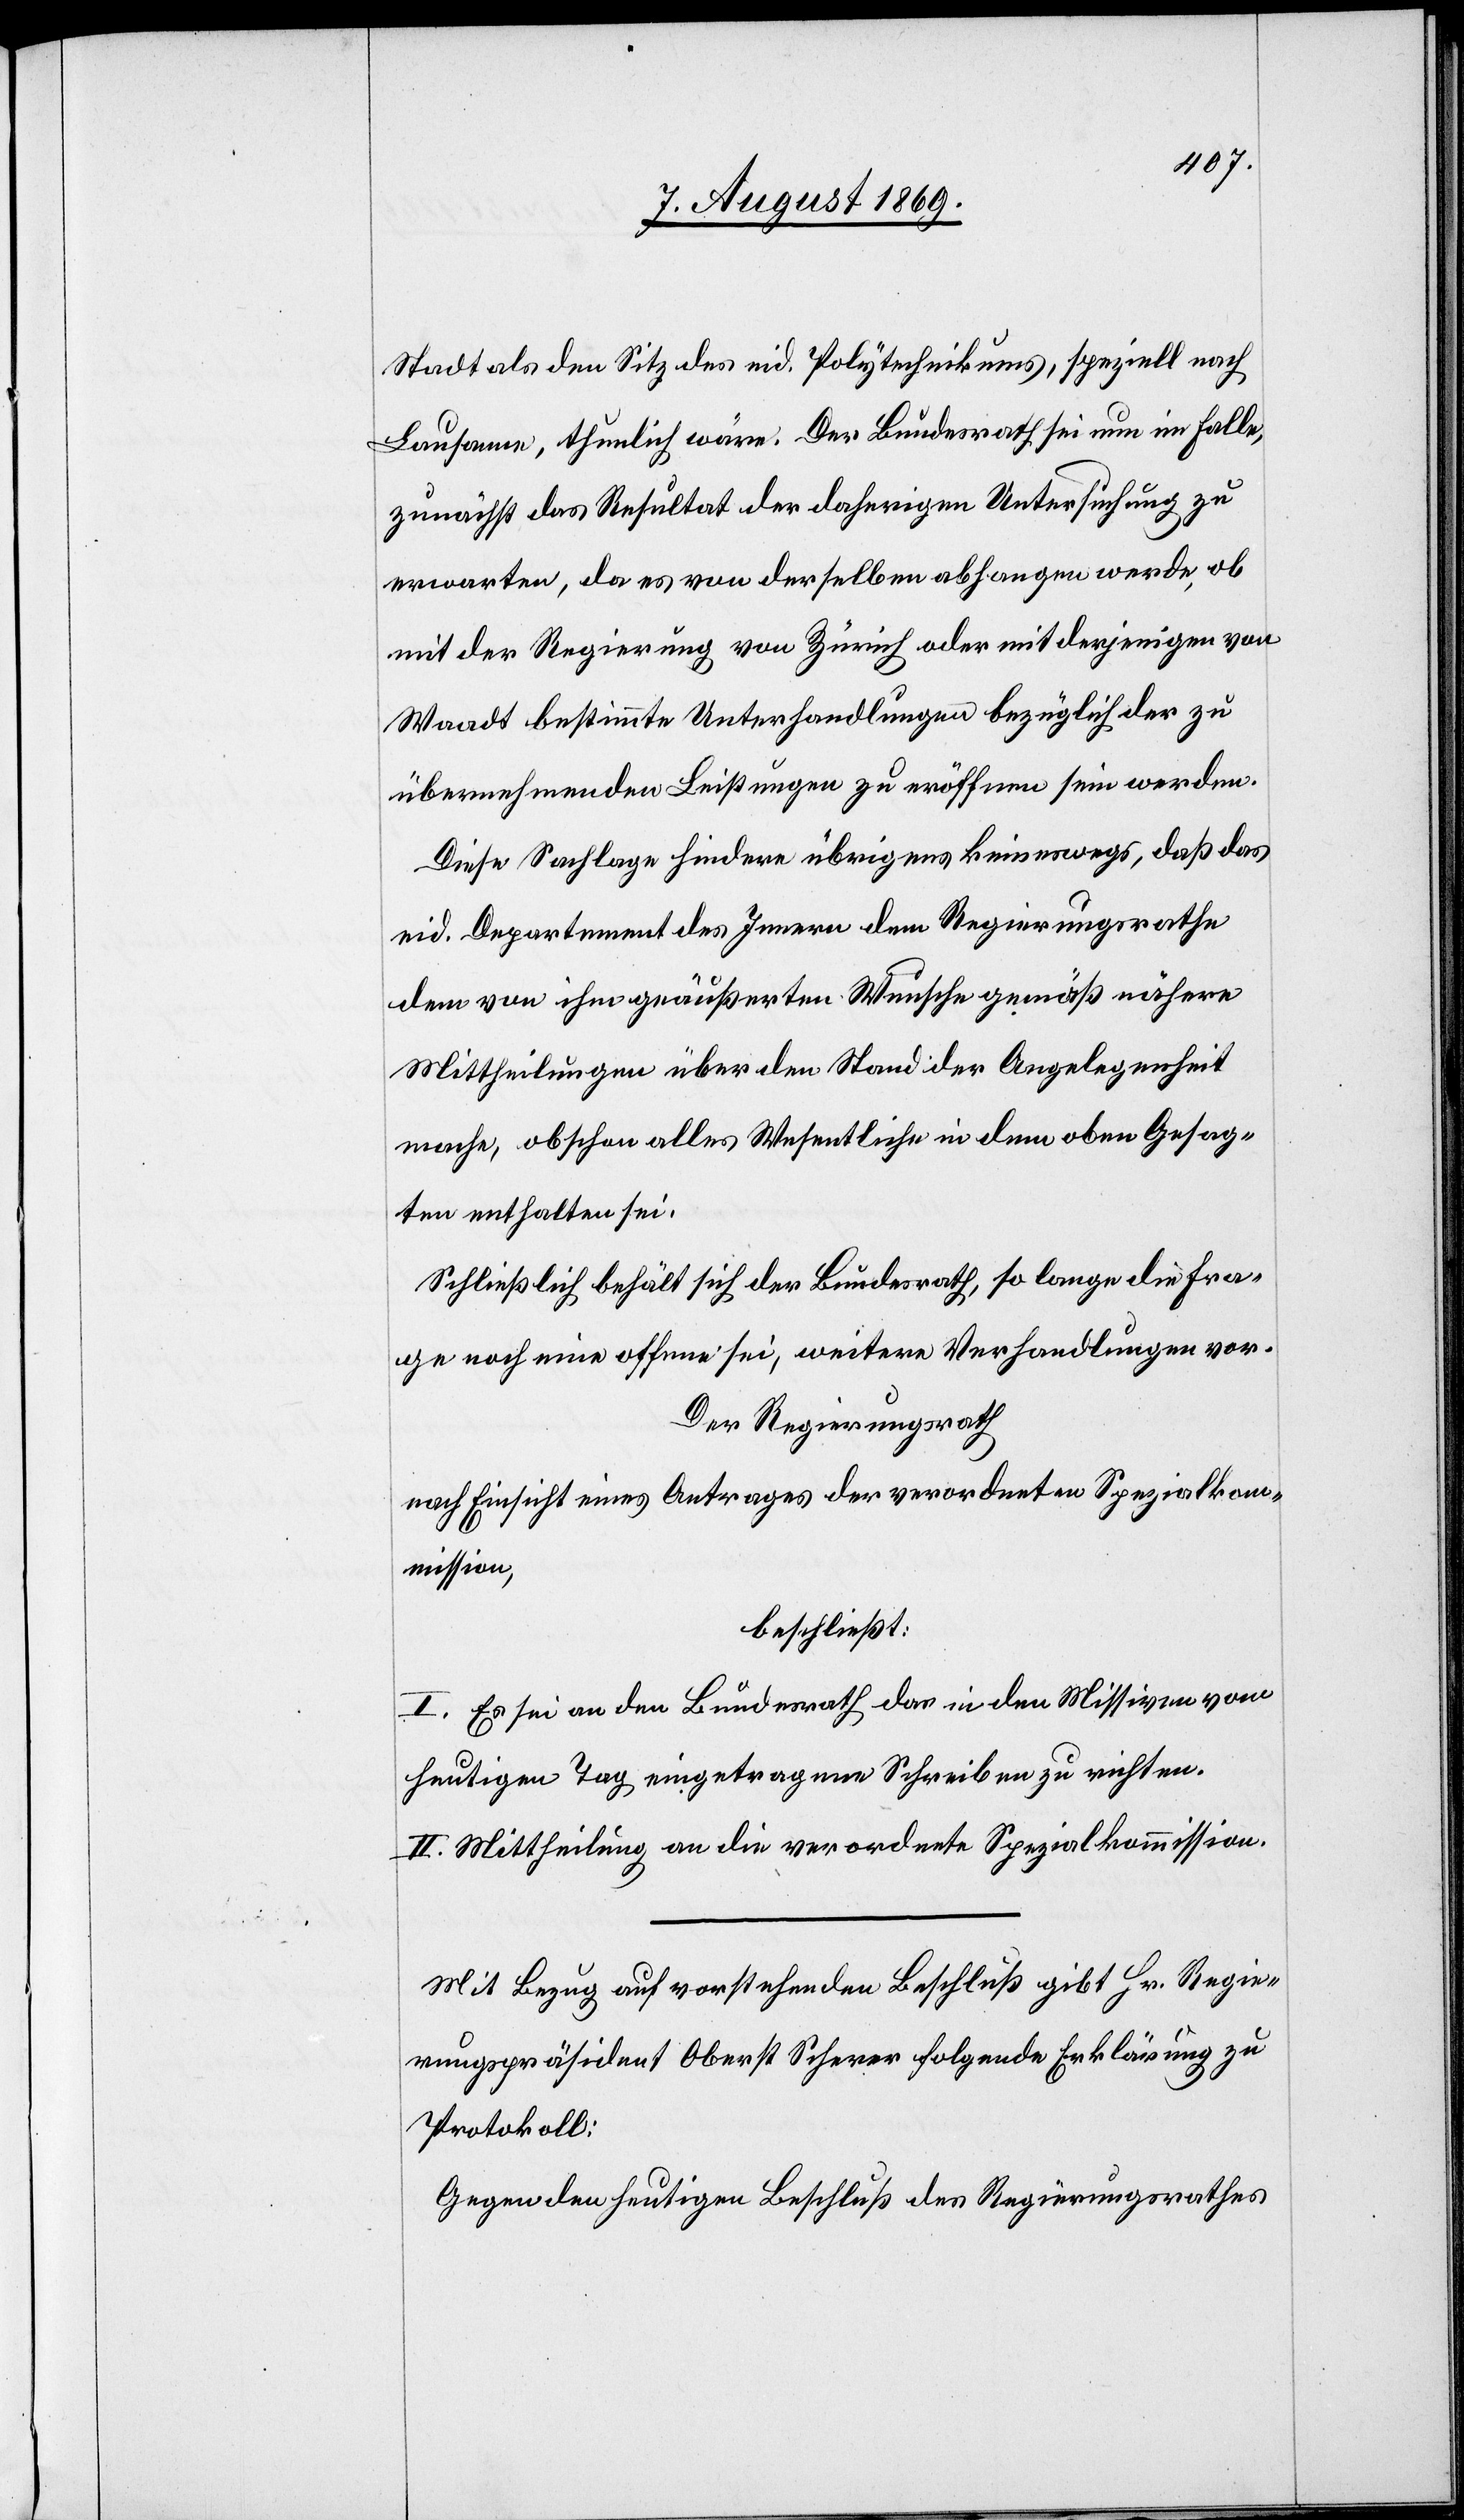
Stadt als dem Sitz des eid. Polytechnikums, speziell nach
Lausanne, thunlich wäre. Der Bundesrath sei nun im Falle,
zunächst das Resultat der daherigen Untersuchung zu
erwarten, da es von derselben abhangen werde, ob
mit der Regierung von Zürich oder mit derjenigen von
Waadt bestimmte Unterhandlungen bezüglich der zu
übernehmenden Leistungen zu eröffnen sein werden.
Diese Sachlage hindere übrigens keineswegs, daß das
eid. Departement des Innern dem Regierungsrathe
dem von ihm geäußerten Wunsche gemäß nähere
Mittheilungen über den Stand der Angelegenheit
mache, obschon alles Wesentliche in dem oben Gesag¬
ten enthalten sei.
Schließlich behält sich der Bundesrath, so lange die Fra¬
ge noch eine offene sei, weitere Verhandlungen vor.
Der Regierungsrath,
nach Einsicht eines Antrages der verordneten Spezialkom¬
mission,
beschließt:
I. Es sei an den Bundesrath das in den Missiven vom
heutigen Tag eingetragene Schreiben zu richten.
II. Mittheilung an die verordnete Spezialkommission.
Mit Bezug auf vorstehenden Beschluß gibt Hr. Regie¬
rungspräsident Oberst Scherer folgende Erklärung zu
Protokoll:
Gegen den heutigen Beschluß des Regierungsrathes